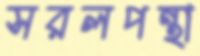
সরলপন্থা